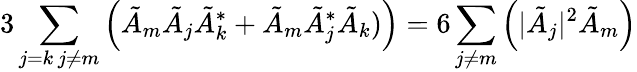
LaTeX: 3\sum_{\substack{j=k\, j\neq m}}\left(\tilde{A}_{m}\tilde{A}_{j}\tilde{A}_{k}^{*}+\tilde{A}_{m}\tilde{A}_{j}^{*}\tilde{A}_{k})\right)=6\sum_{j\neq m}\left(|\tilde{A}_{j}|^{2}\tilde{A}_{m}\right)